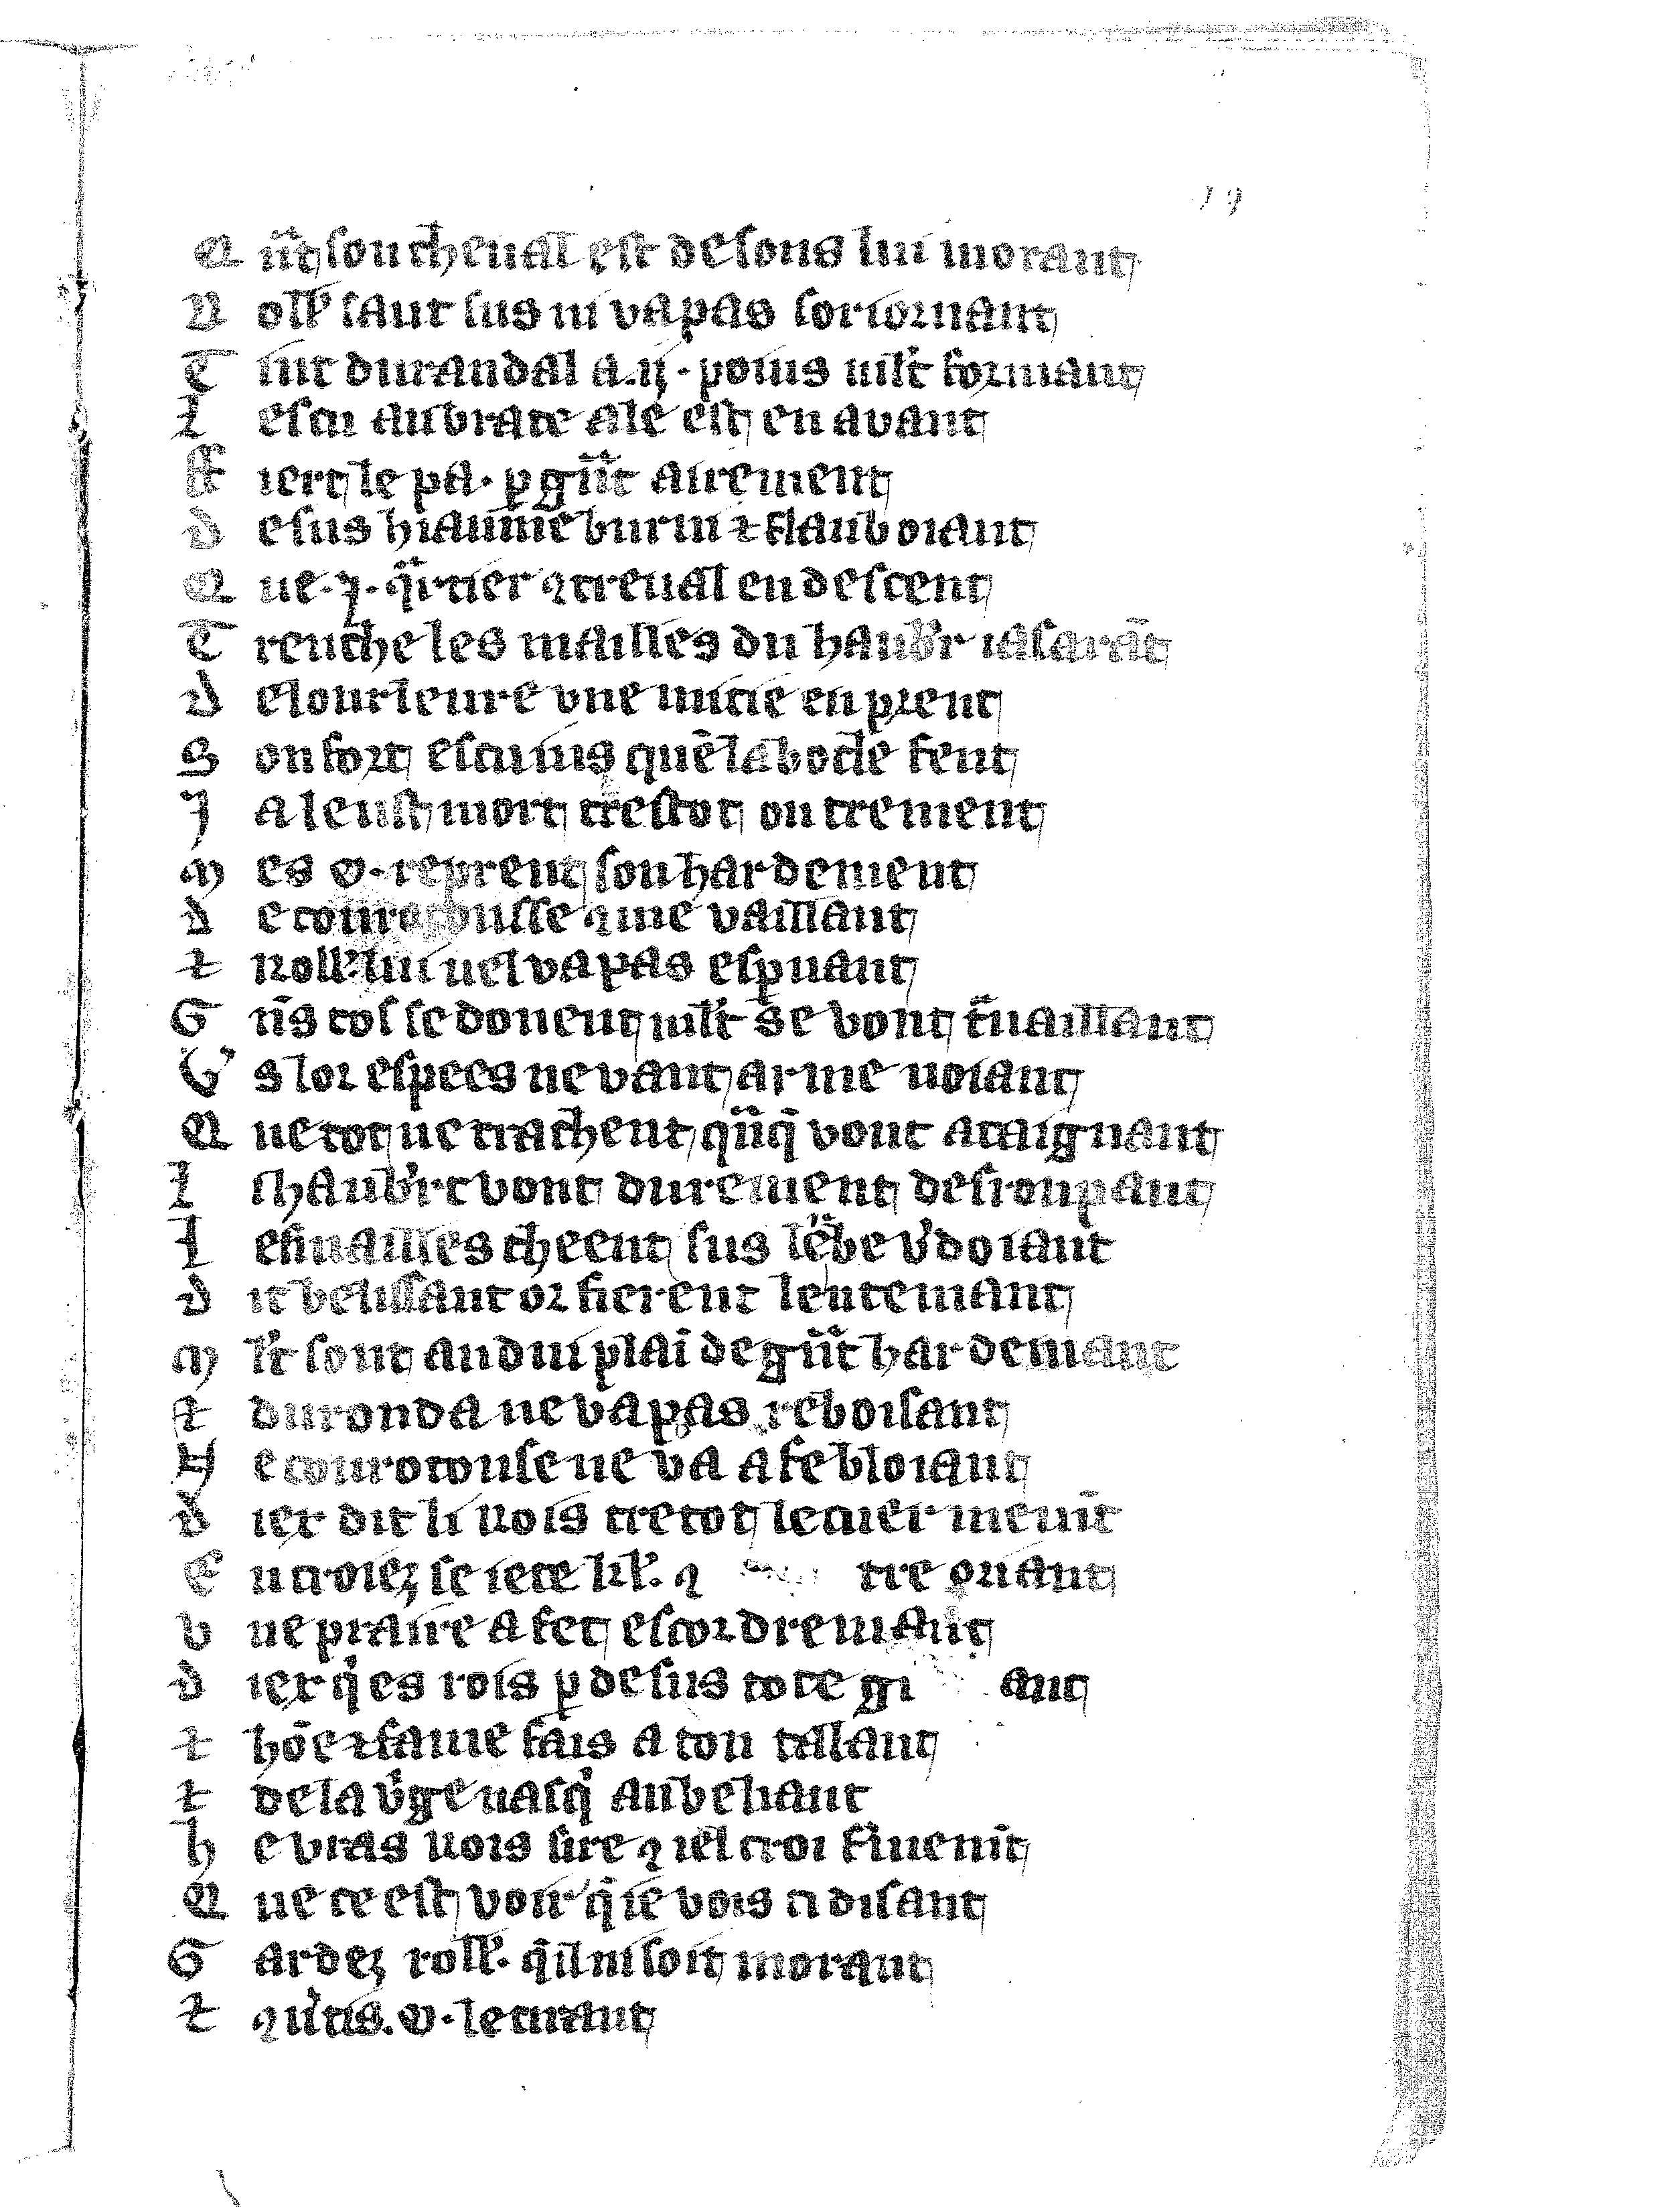
Shelfmark: Vatican, Biblioteca apostolica vaticana, Reg.lat. 1616
Century: 14